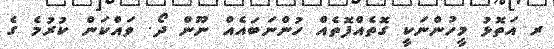
ރ އަތޮޅު މީހުންނަކީ ގޮތެއްފޮތެއް ހުންނަބައެއް ނޫން ދޯ. ވައްކަން ކުރުމެ ގެ